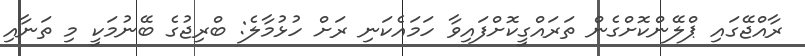
ރާއްޖޭގައި ޕްލޭންކޮށްގެން ތަރައްގީކޮށްފައިވާ ހަމައެކަނި ރަށް ހުޅުމާލެ: ބްރިޖުގެ ބޭނުމަކީ މި ތަނާއި